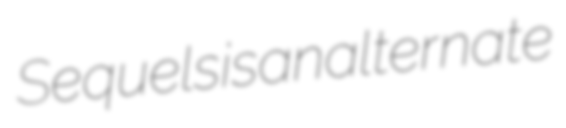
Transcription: Sequels is an alternate